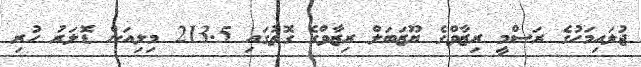
ޖުލައިމަހުގެ ރަސްމީ ރިޒާވްގެ ޔޫޒަބަލް ރިޒާވްގެ ގޮތުގައި 213.5 މިލިއަން ޑޮލަރު ހުރި